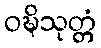
ဝဍ္ဎိသုတ္တံ